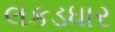
લકડધાર